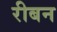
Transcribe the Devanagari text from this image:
रीबन